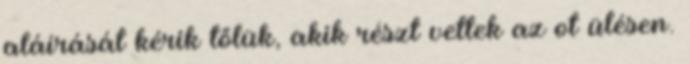
aláírását kérik tőlük, akik részt vettek az ot ülésen.